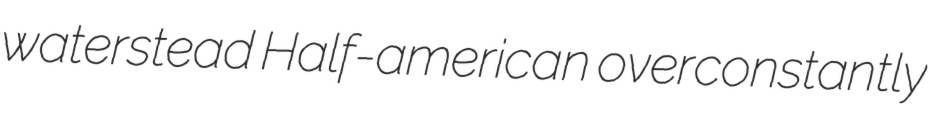
waterstead Half-american overconstantly